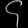
Digit: ၄